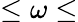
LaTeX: \le\omega\le